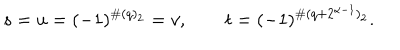
LaTeX: s = u = ( - 1 ) ^ { \# ( q ) _ { 2 } } = v , \qquad t = ( - 1 ) ^ { \# ( q + 2 ^ { \alpha - 1 } ) _ { 2 } } .